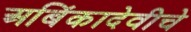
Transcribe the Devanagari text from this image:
अबिंकादेवीचे